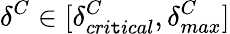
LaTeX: \delta^{C}\in[\delta_{cri\mathtt{t}ical}^{C},\delta_{max}^{C}]